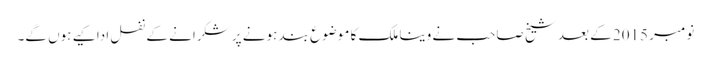
نومبر 2015 کے بعد شیخ صاحب نے وینا ملک کا موضوع بند ہونے پر شکرانے کے نفل ادا کیے ہوں گے۔